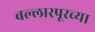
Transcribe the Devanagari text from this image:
बल्लारपूरच्या